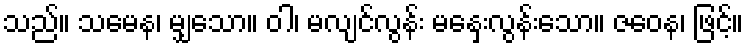
သည်။ သမေန၊ မျှသော။ ဝါ၊ မလျင်လွန်း မနှေးလွန်းသော။ ဇဝေန၊ ဖြင့်။